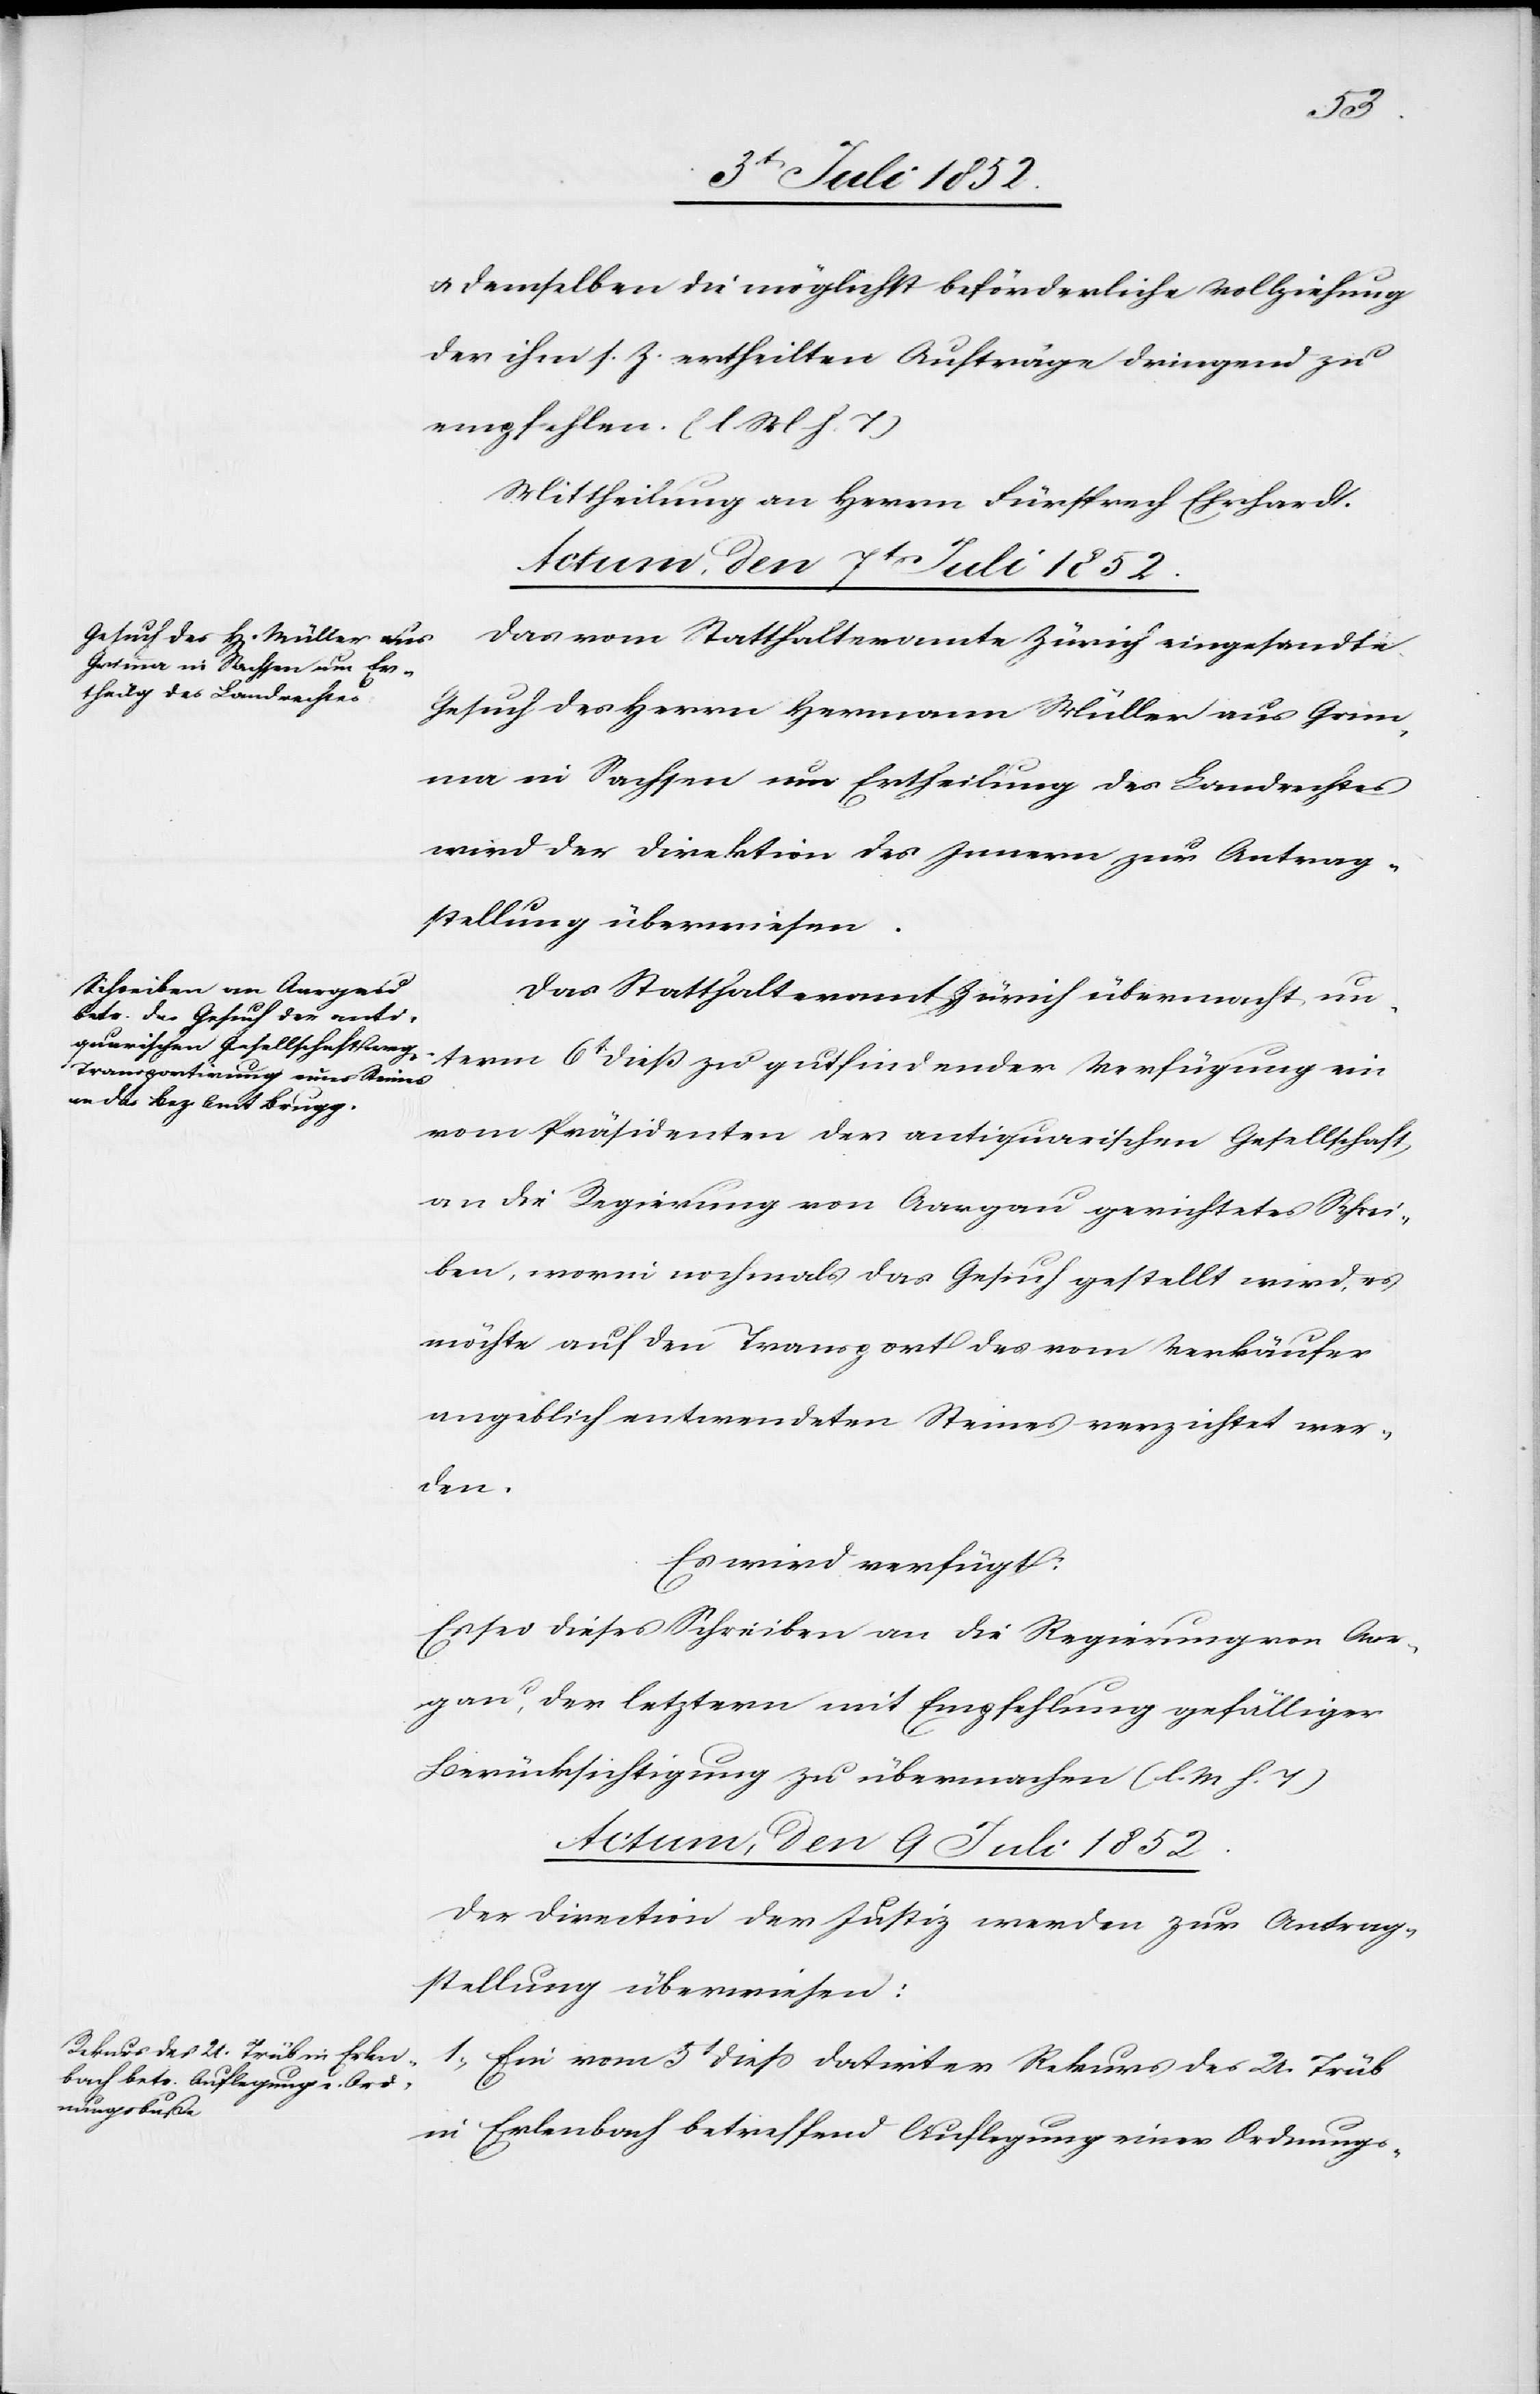
& demselben die möglichst beförderliche Vollziehung
der ihm s. Z. ertheilten Aufträge dringend zu
empfehlen. (l. M h. T)
Mittheilung an Herrn Fürsprech Ehrhardt.
Das vom Statthalteramte Zürich eingesandte
Gesuch des Herrn Hermann Müller aus Grim¬
ma in Sachsen um Ertheilung des Landrechtes
wird der Direktion des Innern zur Antrag¬
stellung überwiesen.
Das Statthalteramt Zürich übermacht un¬
term 6t. dieß zu gutfindender Verfügung ein
vom Präsidenten der antiquarischen Gesellschaft
an die Regierung von Aargau gerichtetes Schrei¬
ben, worin nochmals das Gesuch gestellt wird, es
möchte auf den Transport des vom Verkäufer
angeblich entwendeten Steines verzichtet wer¬
den.
Es wird verfügt:
Es sei dieses Schreiben an die Regierung von Aar¬
gau, der letztern mit Empfehlung gefälliger
Berücksichtigung zu übermachen (l. M h. T)[.]
Actum, den 9 Juli 1852.
Der Direction der Justiz werden zur Antrag¬
stellung überwiesen:
1, Ein vom 5t dieß datirter Rekurs des U. Trüb
in Erlenbach betreffend Auflegung einer Ordnungs-